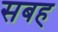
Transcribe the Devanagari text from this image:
सबह